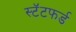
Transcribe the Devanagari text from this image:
स्टॅटफर्ड